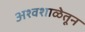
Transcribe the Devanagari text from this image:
अश्वशाळेतून